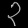
Digit: ၃